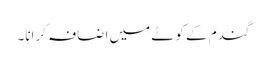
گندم کے کوٹے میں اضافہ کرانا۔